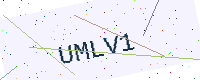
Text: UMLV1